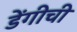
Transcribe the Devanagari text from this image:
डेंगीची